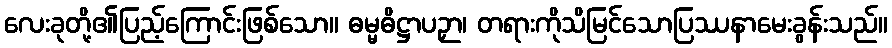
လေးခုတို့၏ပြည့်ကြောင်းဖြစ်သော။ ဓမ္မဓိဋ္ဌာပဉှာ၊ တရားကိုသိမြင်သောပြဿနာမေးခွန်းသည်။